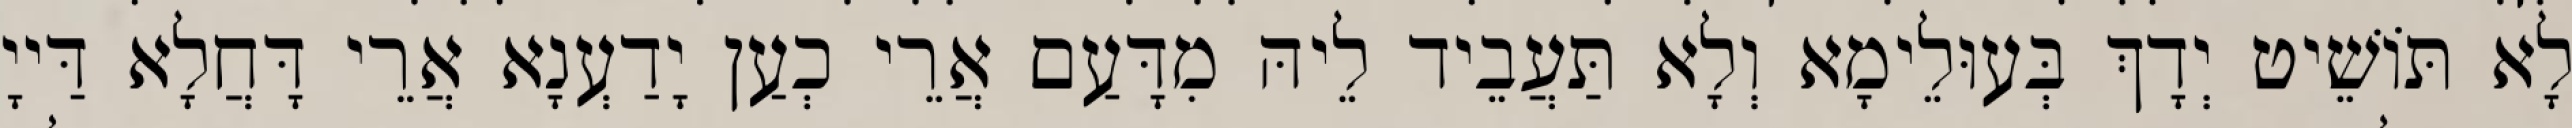
לָא תּוֹשֵׁיט יְדָךְ בְּעוּלֵימָא וְלָא תַּעֲבֵיד לֵיהּ מִדָּעַם אֲרֵי כְעַן יָדַעְנָא אֲרֵי דָּחֲלָא דַּייָ